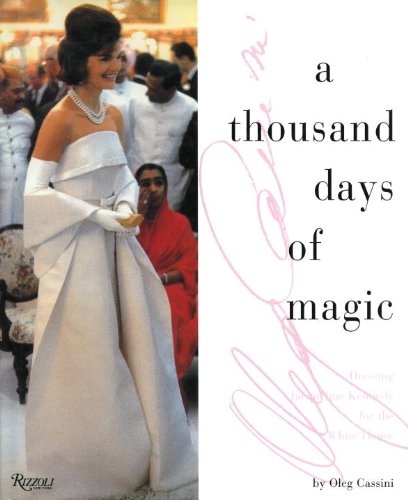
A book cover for A Thousand Days of Magic: Dressing Jacqueline Kennedy for the White House; Oleg Cassini; Arts & Photography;